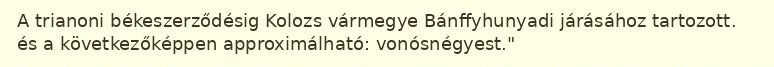
A trianoni békeszerződésig Kolozs vármegye Bánffyhunyadi járásához tartozott. és a következőképpen approximálható: vonósnégyest."